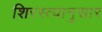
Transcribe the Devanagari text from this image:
शिरस्त्यानुसार